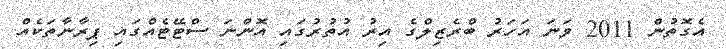
އެގޮތުން 2011 ވަނަ އަހަރު ބްރެޒިލްގެ އިރު އުތުރުގައި އޮންނަ ސްޓޭޓެއްގައި ޕިރާނާތަކެއް